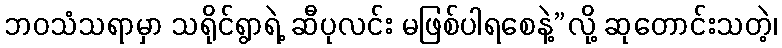
ဘဝသံသရာမှာ သရိုင်ရွာရဲ့ ဆီပုလင်း မဖြစ်ပါရစေနဲ့”လို့ ဆုတောင်းသတဲ့၊